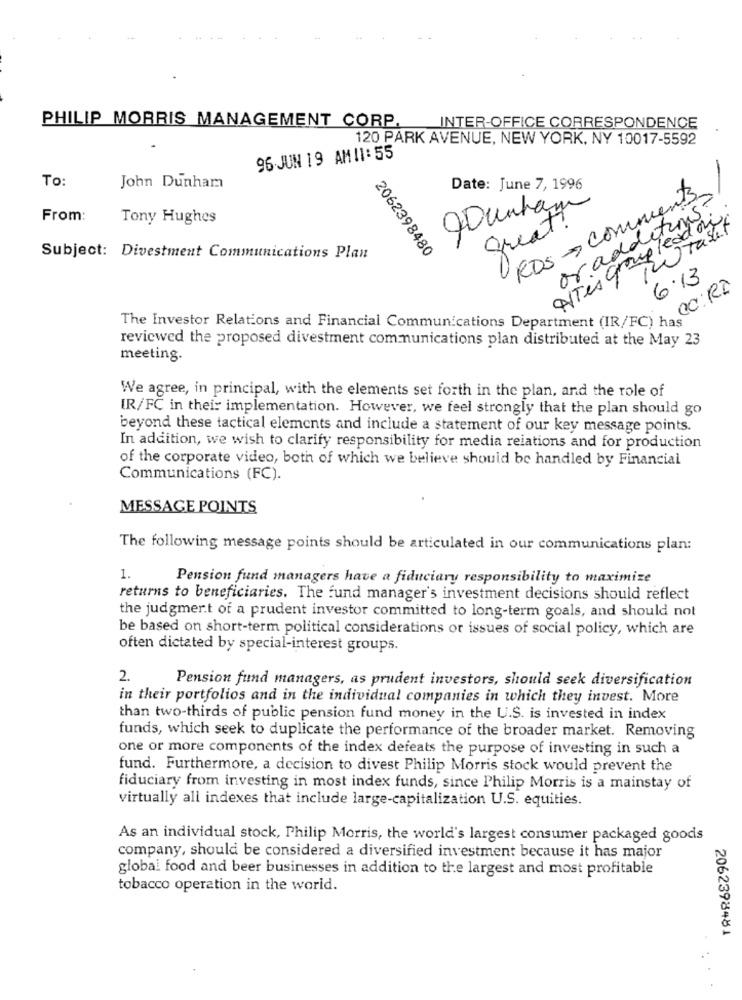
PHILIP MORRIS MANAGEMENT CORP,
INTER-OFFICE CORRESPONDENCE
120 PARK AVENUE, NEW YORK, NY 10017-5592
96 JUN 19 AMI1: 55
To:
John Dunham
Date: June 7, 1996
RDS - Comments
-
or additions?
From:
Tony Hughes
AVTes grong lead ai
great?
Subject: Divestment Communications Plan
2062398480
0
6.13
00: R$
The Investor Relations and Financial Communications Department (IR/FC) has
reviewed the proposed divestment communications plan distributed at the May 23
meeting.
We agree, in principal, with the elements set forth in the plan, and the role of
IR/FC in their implementation. However, we feel strongly that the plan should go
beyond these tactical elements and include a statement of our key message points.
In addition, we wish to clarify responsibility for media relations and for production
of the corporate video, both of which we believe should be handled by Financial
Communications (FC).
MESSAGE POINTS
The following message points should be articulated in our communications plan:
1.
Pension fund managers have a fiduciary responsibility to maximize
returns to beneficiaries. The fund manager's investment decisions should reflect
the judgment of a prudent investor committed to long-term goals, and should not
be based on short-term political considerations or issues of social policy, which are
often dictated by special-interest groups.
2.
Pension fund managers, as prudent investors, should seek diversification
in their portfolios and in the individual companies in which they invest. More
than two-thirds of public pension fund money in the U.S. is invested in index
funds, which seek to duplicate the performance of the broader market. Removing
one or more components of the index defeats the purpose of investing in such a
fund. Furthermore, a decision to divest Philip Morris stock would prevent the
fiduciary from investing in most index funds, since Philip Morris is a mainstay of
virtually all indexes that include large-capitalization U.S. equities.
As an individual stock, Philip Morris, the world's largest consumer packaged goods
company, should be considered a diversified investment because it has major
global food and beer businesses in addition to the largest and most profitable
tobacco operation in the world.
2062398481